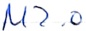
Text: M2.0